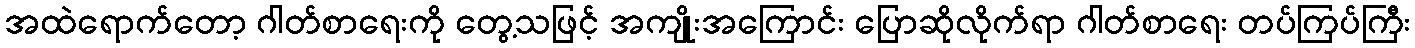
အထဲရောက်တော့ ဂါတ်စာရေးကို တွေ့သဖြင့် အကျိုးအကြောင်း ပြောဆိုလိုက်ရာ ဂါတ်စာရေး တပ်ကြပ်ကြီး